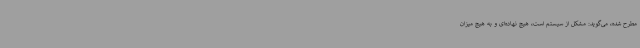
مطرح شده، می‌گوید: مشکل از سیستم است، هیچ نهاده‌ای و به هیچ میزان